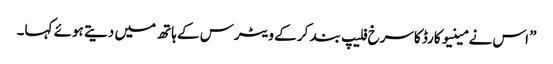
” اس نے مینیو کارڈ کاسرخ فلیپ بند کر کے ویٹرس کے ہاتھ میں دیتے ہوئے کہا۔